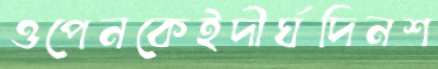
ওপেনকেইদীর্ঘদিনশ